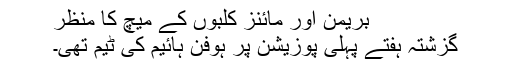
بریمن اور مائنز کلبوں کے میچ کا منظر
گزشتہ ہفتے پہلی پوزیشن پر ہوفن ہائیم کی ٹیم تھی۔